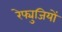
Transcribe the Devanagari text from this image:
रेफ्युजियों